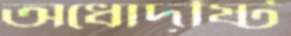
অধোদৃষ্টি